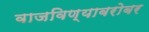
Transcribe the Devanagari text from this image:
वाजविण्याबरोबर